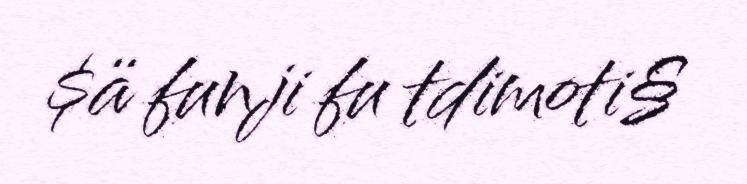
$ä funji fu tdimoti§